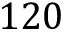
1 2 0